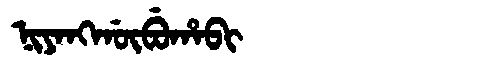
Manchu: ᠨᡳᠶᠠᠩᡤᡡᠪᡠᡥᠠᠪᡳ
Romanization: NIYANGGŪBUHABI